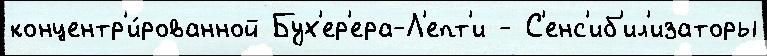
концентр'и́рованной Бух'ер'ера-Л'епт'и - С'енс'иб'ил'изаторы